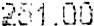
251.00